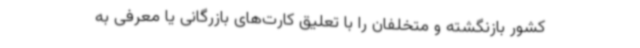
کشور بازنگشته و متخلفان را با تعلیق کارت‌های بازرگانی یا معرفی به